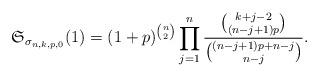
LaTeX: \begin{gather*}\mathfrak{S}_{\sigma_{n,k,p,0}}(1) = (1+p)^{{n \choose 2}} \prod_{j=1}^{n}{{k+j-2 \choose (n-j+1)p} \over {(n-j+1)p+n-j \choose n-j}}.\end{gather*}